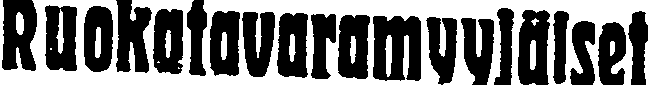
Ruokotavaramyyjäiset